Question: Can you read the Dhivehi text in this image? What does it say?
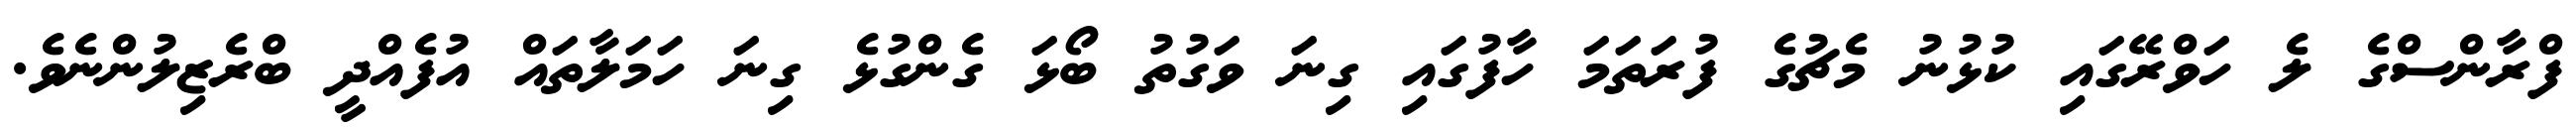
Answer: ފްރާންސްގެ ލެ ހަވްރޭގައި ކުޅުނު މެޗުގެ ފުރަތަމަ ހާފުގައި ގިނަ ވަގުތު ބޯޅަ ގެންގުޅެ ގިނަ ހަމަލާތައް އުފެއްދީ ބްރެޒިލުންނެވެ.